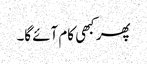
پھر کبھی کام آئے گا۔